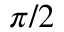
\pi / 2